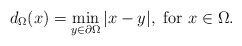
\begin{align*}d_\Omega(x)=\min_{y\in\partial\Omega} |x-y|,\mbox{ for }x\in\Omega.\end{align*}